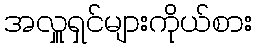
အလှူရှင်များကိုယ်စား